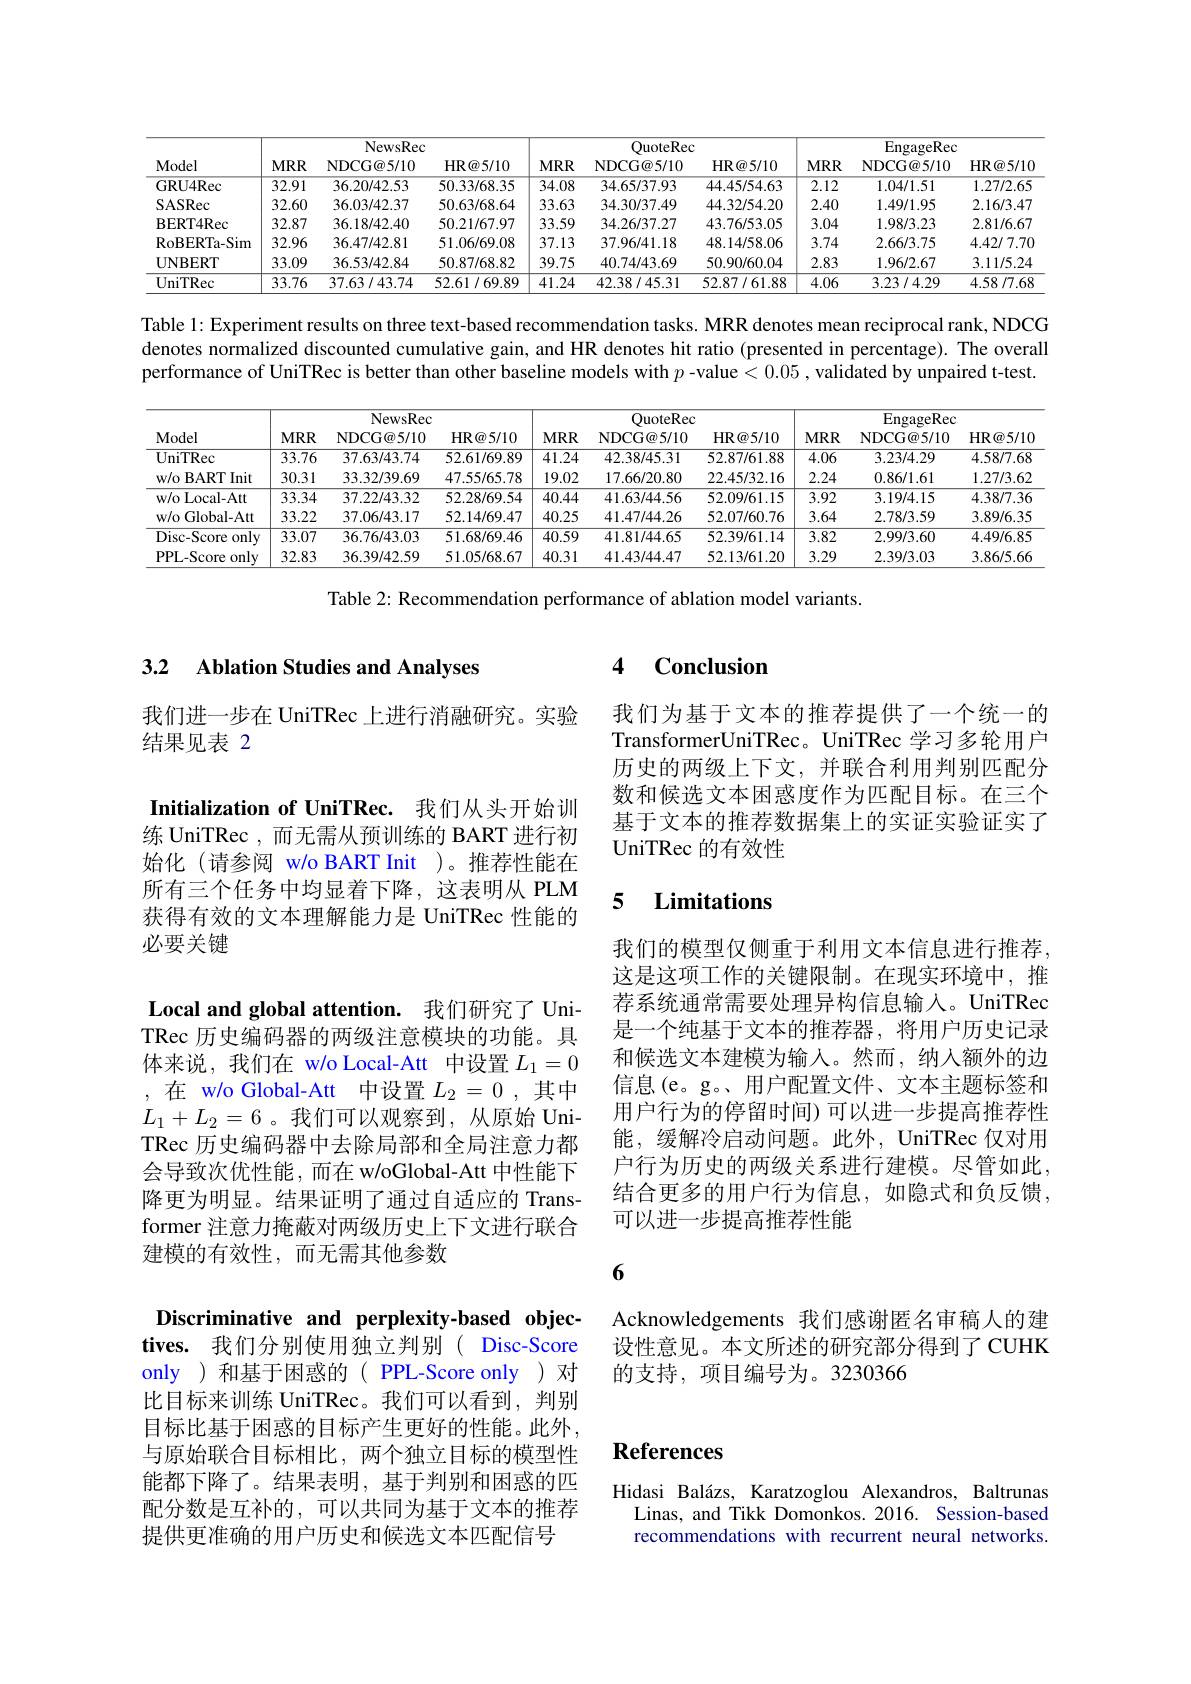
<table>
	<tbody>
		<tr>
			<th rowspan="2">Model</th>
			<th colspan="3">NewsRec</th>
			<th colspan="3">QuoteRec</th>
			<th colspan="3">EngageRec</th>
		</tr>
		<tr>
			<th>$MRR$</th>
			<th>NDCG@5/10</th>
			<th>HR@ 5/ 10</th>
			<th>$MRR$</th>
			<th>NDCG@ 5/ 10</th>
			<th>HR@ 5/ 10</th>
			<th>$MRR$</th>
			<th>NDCG@ 5/ 10</th>
			<th>HR@ 5/ 1C</th>
		</tr>
		<tr>
			<td>GRU4Rec</td>
			<td>$\overline{32.91}$</td>
			<td>36.20/42.53</td>
			<td>50.33/68.35</td>
			<td>34.08</td>
			<td>34.65/37.93</td>
			<td>44.45/54.63</td>
			<td>$\overline{2.12}$</td>
			<td>1.04/1.51</td>
			<td>1.27/2.65</td>
		</tr>
		<tr>
			<td>SASRec</td>
			<td>32.60</td>
			<td>36.03/42.37</td>
			<td>50.63/68.64</td>
			<td>33.63</td>
			<td>34.30/37.49</td>
			<td>44.32/54.20</td>
			<td>2.40</td>
			<td>1.49/1.95</td>
			<td>2.16/3.47</td>
		</tr>
		<tr>
			<td>BERT4Rec</td>
			<td>32.87</td>
			<td>36.18/42.40</td>
			<td>50.21/67.97</td>
			<td>33.59</td>
			<td>34.26/37.27</td>
			<td>43.76/53.05</td>
			<td>3.04</td>
			<td>1.98/3.23</td>
			<td>2.81/6.67</td>
		</tr>
		<tr>
			<td>RoBERTa- Sim</td>
			<td>32.96</td>
			<td>36.47/42.81</td>
			<td>51.06/69.08</td>
			<td>37.13</td>
			<td>37.96/41.18</td>
			<td>48.14/58.06</td>
			<td>3.74</td>
			<td>2.66/3.75</td>
			<td>4.42/7.70</td>
		</tr>
		<tr>
			<td>UNBERT</td>
			<td>33.09</td>
			<td>36.53/42.84</td>
			<td>50.87/68.82</td>
			<td>39.75</td>
			<td>40.74/43.69</td>
			<td>50.90/60.04</td>
			<td>2.83</td>
			<td>1.96/2.67</td>
			<td>3.11/5.24</td>
		</tr>
		<tr>
			<td>UniTRec</td>
			<td>33.76</td>
			<td>37.63/43.74</td>
			<td>52.61/69.89</td>
			<td>41.24</td>
			<td>42.38/45.31</td>
			<td>52.87/61.88</td>
			<td>4.06</td>
			<td>3.23/4.29</td>
			<td>4.58/7.68</td>
		</tr>
	</tbody>
</table>

Table 1: Experiment results on three text-based recommendation tasks. MRR denotes mean reciprocal rank, NDCG denotes normalized discounted cumulative gain, and HR denotes hit ratio (presented in percentage). The overall performance of UniTRec is better than other baseline models with $p$ -value < 0.05 , validated by unpaired t-test.

<table>
	<tbody>
		<tr>
			<th rowspan="2">Model</th>
			<th colspan="3">NewsRec</th>
			<th colspan="3">QuoteRec</th>
			<th colspan="3">EngageRec</th>
		</tr>
		<tr>
			<th>$MRR$</th>
			<th>NDCG@5/10</th>
			<th>HR@ 5/ 10</th>
			<th>$MRR$</th>
			<th>NDCG@ 5/ 10</th>
			<th>HR@ 5/ 10</th>
			<th>$MRR$</th>
			<th>NDCG@ 5/ 10</th>
			<th>HR@ 5/ 1C</th>
		</tr>
		<tr>
			<td>UniTRec</td>
			<td>33.76</td>
			<td>37.63/43.74</td>
			<td>52.61/69.89</td>
			<td>41.24</td>
			<td>42.38/45.31</td>
			<td>52.87/61.88</td>
			<td>4.06</td>
			<td>3.23/4.29</td>
			<td>4.58/7.68</td>
		</tr>
		<tr>
			<td>w/ o BART Init</td>
			<td>30.31</td>
			<td>33.32/39.69</td>
			<td>47.55/65.78</td>
			<td>19.02</td>
			<td>17.66/20.80</td>
			<td>22.45/32.16</td>
			<td>2.24</td>
			<td>0.86/1.61</td>
			<td>1.27/3.62</td>
		</tr>
		<tr>
			<td>w/o Local-Att</td>
			<td>33.34</td>
			<td>37.22/43.32</td>
			<td>52.28/69.54</td>
			<td>40.44</td>
			<td>41.63/44.56</td>
			<td>52.09/61.15</td>
			<td>3.92</td>
			<td>3.19/4.15</td>
			<td>4.38/7.36</td>
		</tr>
		<tr>
			<td>w/o Global-Att</td>
			<td>33.22</td>
			<td>37.06/43.17</td>
			<td>52.14/69.47</td>
			<td>40.25</td>
			<td>41.47/44.26</td>
			<td>52.07/60.76</td>
			<td>3.64</td>
			<td>2.78/3.59</td>
			<td>3.89/6.35</td>
		</tr>
		<tr>
			<td>Disc-Score c only</td>
			<td>33.07</td>
			<td>36.76/43.03</td>
			<td>51.68/69.46</td>
			<td>40.59</td>
			<td>41.81/44.65</td>
			<td>52.39/61.14</td>
			<td>3.82</td>
			<td>2.99/3.60</td>
			<td>4.49/6.85</td>
		</tr>
		<tr>
			<td>PPL-Score $\because$only</td>
			<td>32.83</td>
			<td>36.39/42.59</td>
			<td>51.05/68.67</td>
			<td>40.31</td>
			<td>41.43/44.47</td>
			<td>52.13/61.20</td>
			<td>3.29</td>
			<td>2.39/3.03</td>
			<td>3.86/5.66</td>
		</tr>
	</tbody>
</table>

Table 2: Recommendation performance of ablation model variants.

## 3.2 Ablation Studies and Analyses

我们进一步在 UniTRec 上进行消融研究。实验
结果见表 2

Initialization of UniTRec. 我们从头开始训练 UniTRec ,而无需从预训练的 BART 进行初始化 (请参阅 w/o BART Init )。推荐性能在所有三个任务中均显着下降，这表明从 PLM 获得有效的文本理解能力是 UniTRec 性能的必要关键

Local and global attention. 我们研究了 UniTRec 历史编码器的两级注意模块的功能。具体来说，我们在 w/o Local-Att 中设置$L_{1}=0$ ,在 w/o Global-Att 中设置$L_{2}=0$ ,其中$L_1+L_2=6$。我们可以观察到，从原始 UniTRec 历史编码器中去除局部和全局注意力都会导致次优性能，而在 w/oGlobal-Att 中性能下降更为明显。结果证明了通过自适应的 Transformer 注意力掩蔽对两级历史上下文进行联合建模的有效性，而无需其他参数
Discriminative and perplexity-based objectives. 我们分别使用独立判别( Disc-Score only )和基于困惑的( PPL-Score only )对比目标来训练 UniTRec。我们可以看到，判别目标比基于困惑的目标产生更好的性能。此外， 与原始联合目标相比，两个独立目标的模型性能都下降了。结果表明，基于判别和困惑的匹配分数是互补的，可以共同为基于文本的推荐提供更准确的用户历史和候选文本匹配信号

### 4 $\textbf{Conclusion}$

我们为基于文本的推荐提供了一个统一的TransformerUniTRec。UniTRec 学习多轮用户历史的两级上下文，并联合利用判别匹配分数和候选文本困惑度作为匹配目标。在三个基于文本的推荐数据集上的实证实验证实了UniTRec 的有效性

# 5 Limitations

我们的模型仅侧重于利用文本信息进行推荐， 这是这项工作的关键限制。在现实环境中，推荐系统通常需要处理异构信息输入。UniTRec 是一个纯基于文本的推荐器，将用户历史记录和候选文本建模为输入。然而，纳人额外的边信息(e。g。用户配置文件、文本主题标签和用户行为的停留时间)可以进一步提高推荐性能，缓解冷启动问题。此外，UniTRec 仅对用户行为历史的两级关系进行建模。尽管如此， 结合更多的用户行为信息，如隐式和负反馈， 可以进一步提高推荐性能

6

Acknowledgements 我们感谢匿名审稿人的建设性意见。本文所述的研究部分得到了 CUHK 的支持，项目编号为。3230366

# References

Hidasi Balázs, Karatzoglou Alexandros, Baltrunas
Linas, and Tikk Domonkos. 2016. Session-based recommendations with recurrent neural networks.